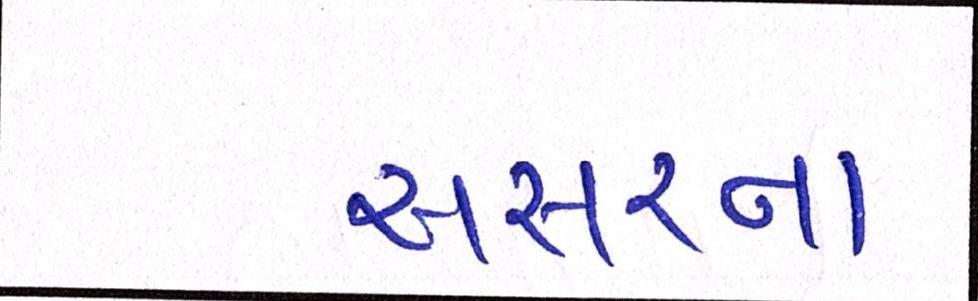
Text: અસરના